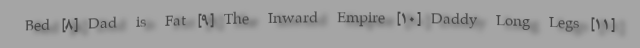
Bed [۸] Dad is Fat [۹] The Inward Empire [۱۰] Daddy Long Legs [۱۱]